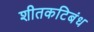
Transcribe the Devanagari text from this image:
शीतकटिबंध